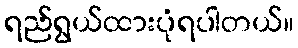
ရည်ရွယ်ထားပုံရပါတယ်။